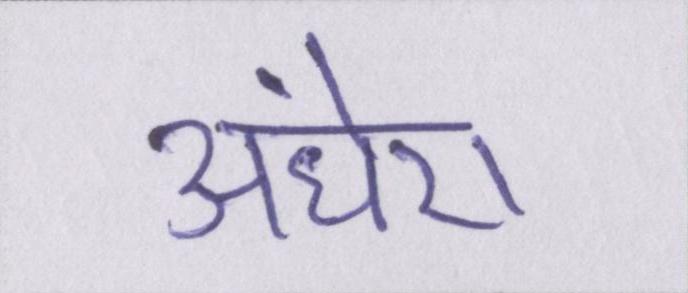
अंधेरा